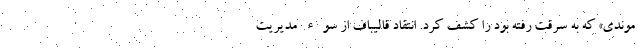
موندی» که به سرقت رفته بود را کشف کرد. انتقاد قالیباف از سوء مدیریت